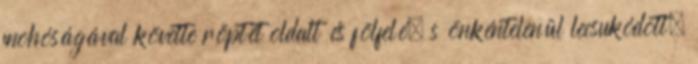
mohóságával követte röptét oldalt és fölfelé; s önkéntelenül lecsukódott,